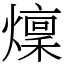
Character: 燣